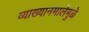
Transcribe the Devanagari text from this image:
व्याख्यानमालेमुळे